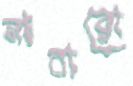
নাবারো